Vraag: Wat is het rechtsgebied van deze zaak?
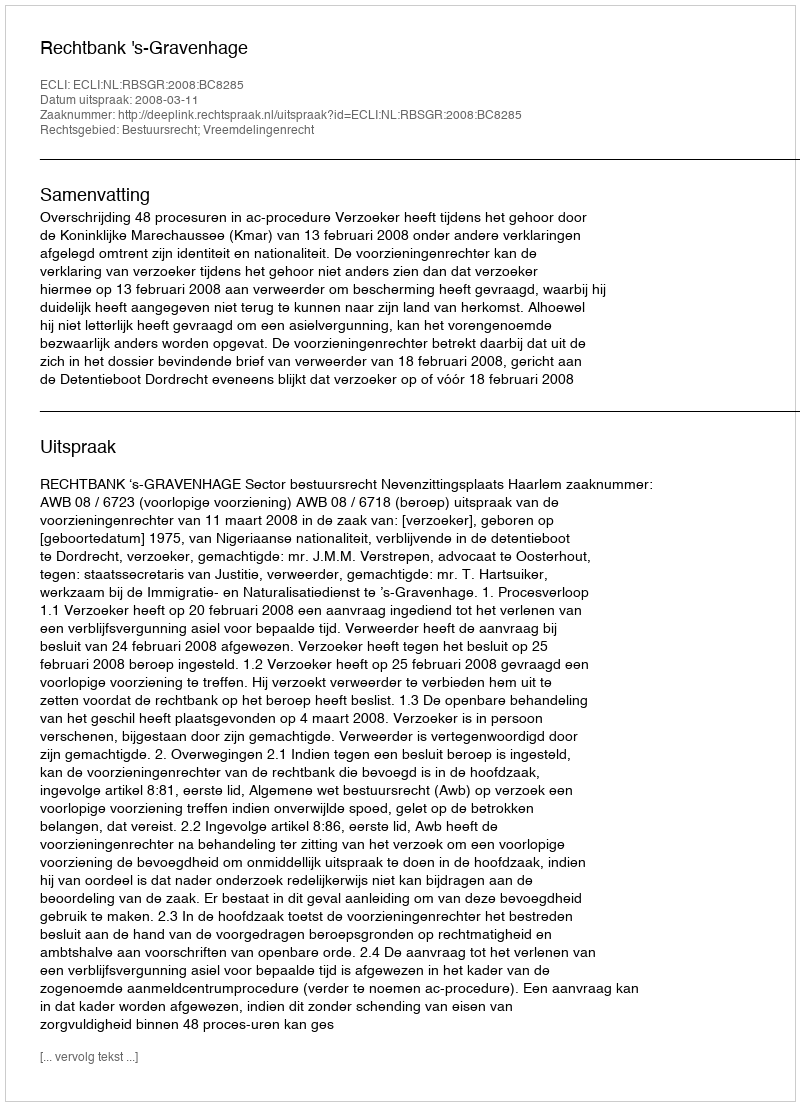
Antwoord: Bestuursrecht; Vreemdelingenrecht